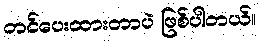
တင်ပေးထားတာပဲ ဖြစ်ပါတယ်။